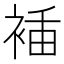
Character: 𧚎